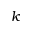
k